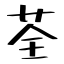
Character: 荃